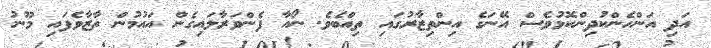
އަދި އަންހެންކުދިންކޮޅުވެސް އޭނަގެ އިންތިޒާރުގައި ތިއްބެވެ. ނޯއާ ފެންވަރާލައިގެން އައުމުން ތާޒާވެފައި މޫނު